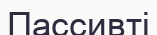
Пассивті